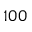
1 0 0